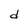
Character: d